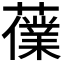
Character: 𧀸